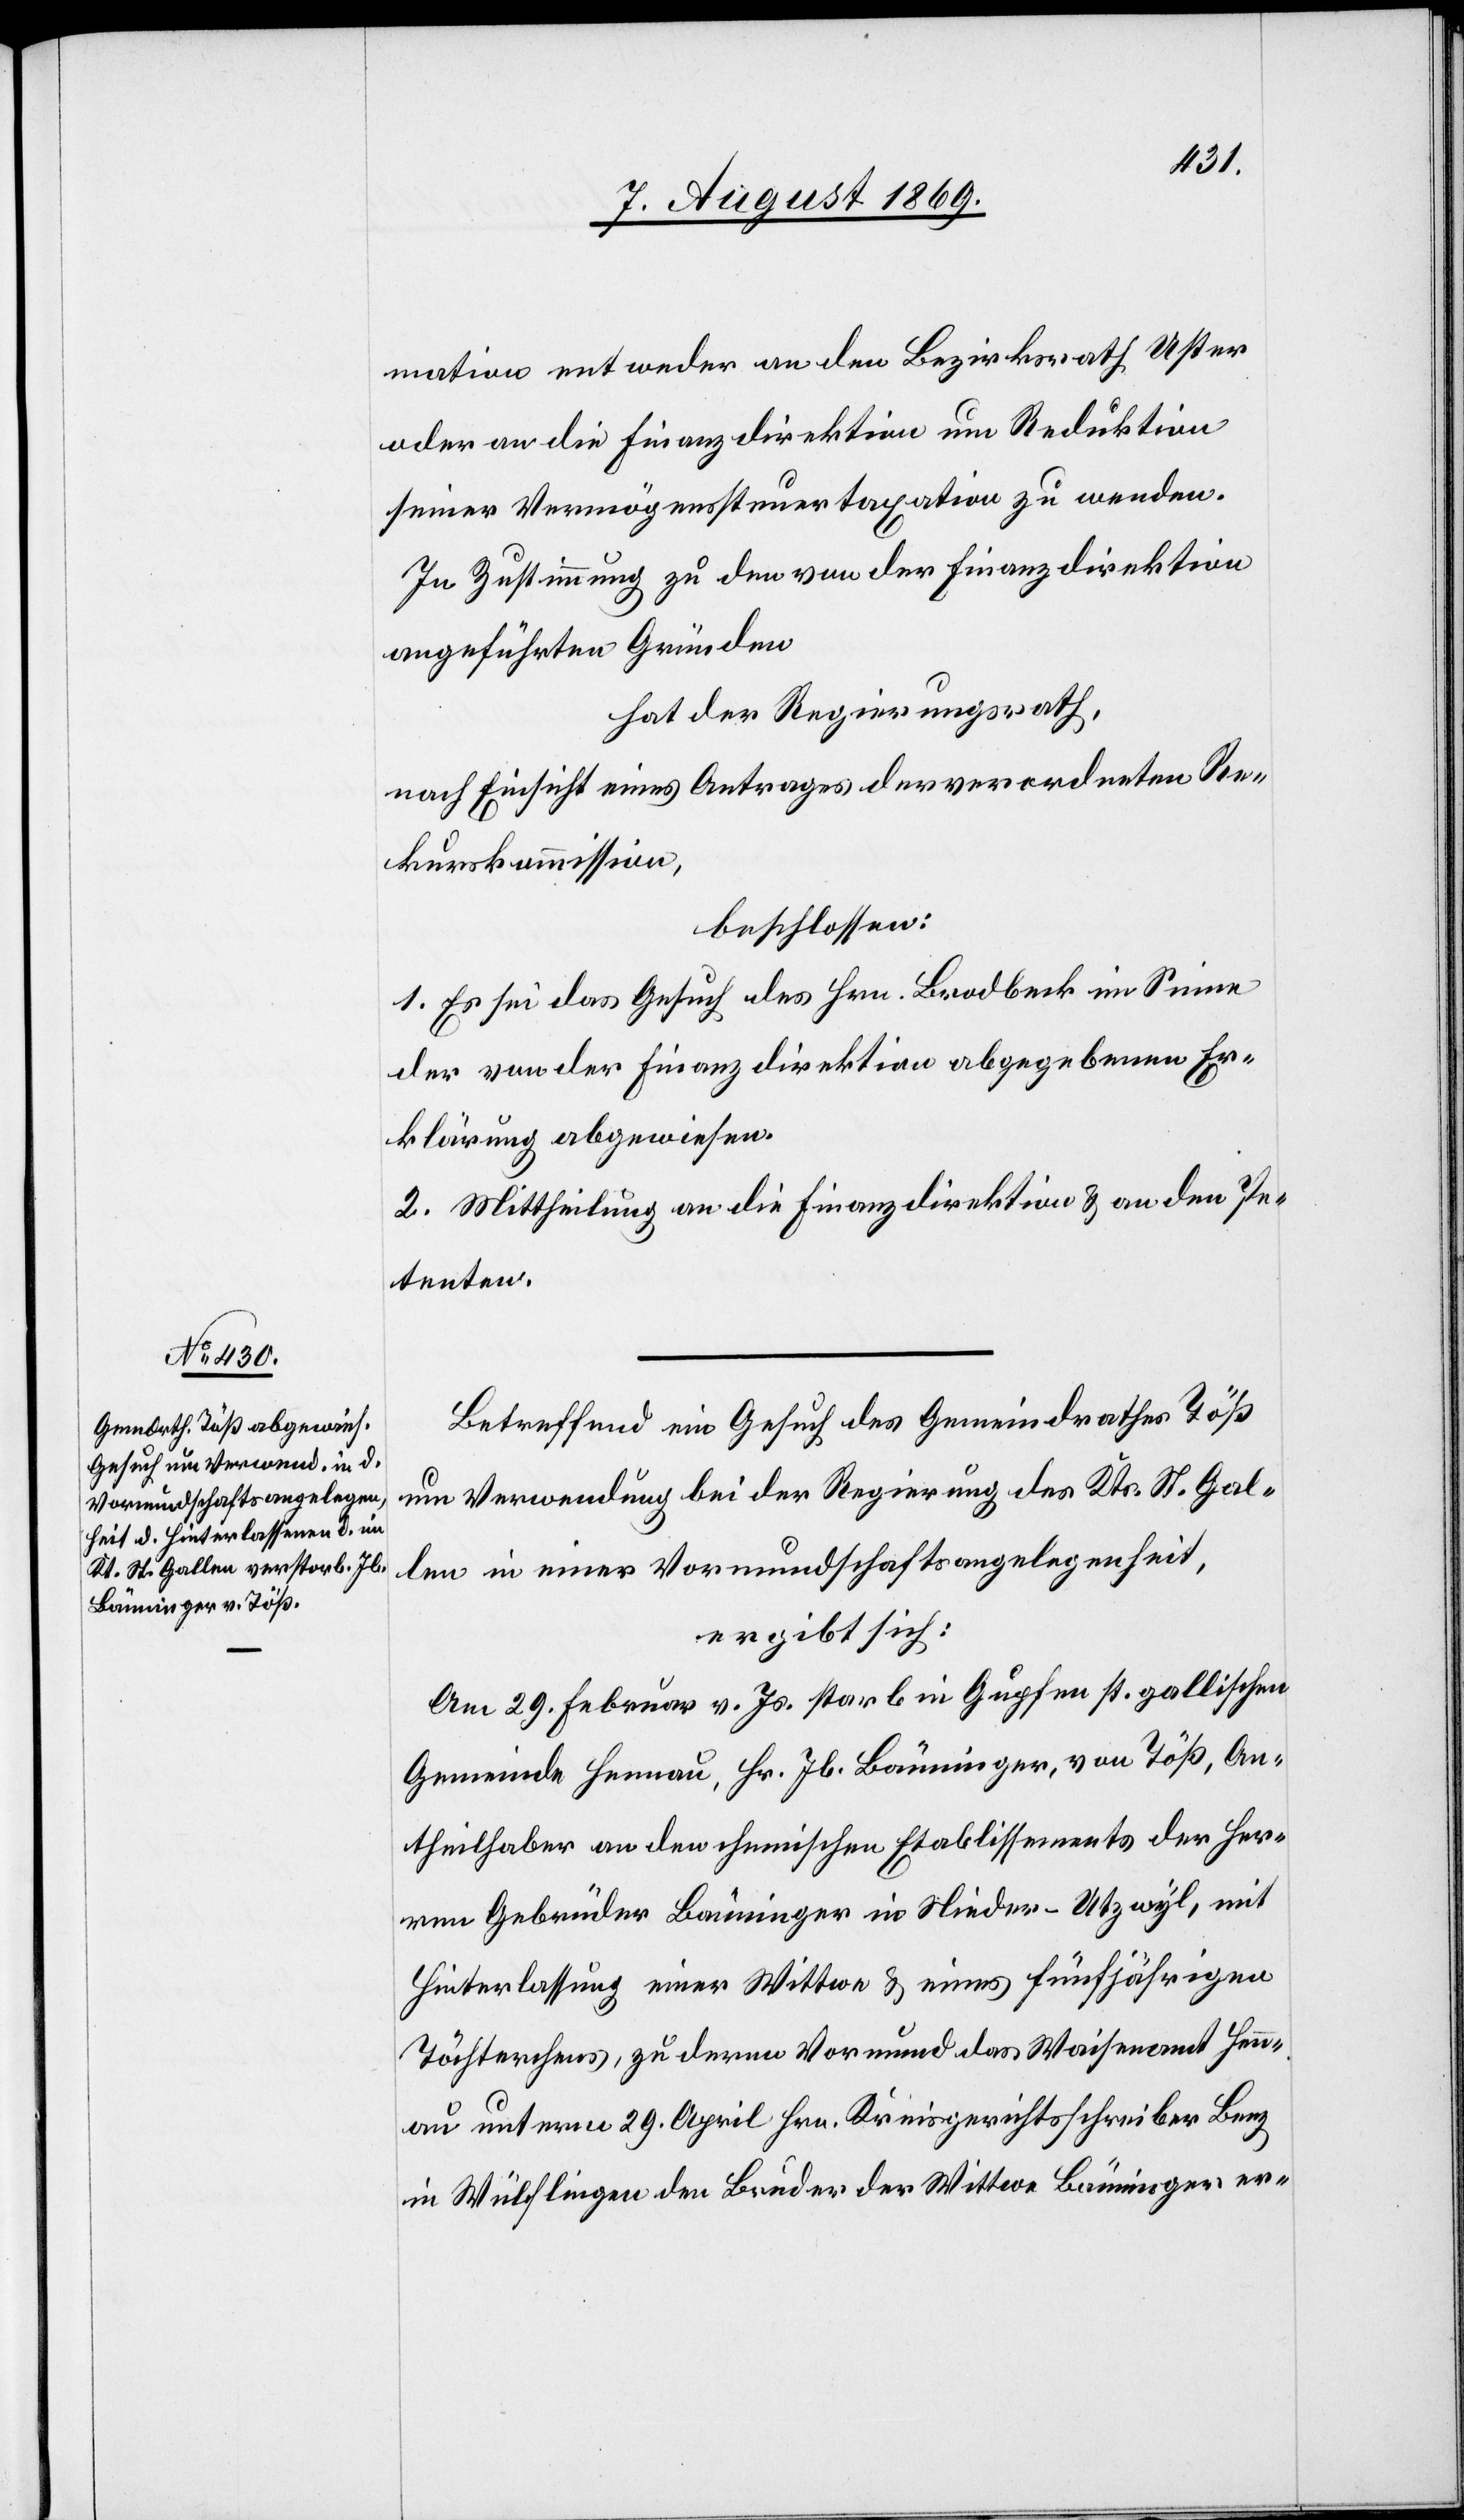
mation entweder an den Bezirksrath Uster
oder an die Finanzdirektion um Reduktion
seiner Vermögenssteuertaxation zu wenden.
In Zustimmung zu den von der Finanzdirektion
angeführten Gründen
hat der Regierungsrath,
nach Einsicht eines Antrages der verordneten Re¬
kurskommission,
beschlossen:
1. Es sei das Gesuch des Hrn. Bradbeck im Sinne
der von der Finanzdirektion abgegebenen Er¬
klärung abgewiesen.
2. Mittheilung an die Finanzdirektion & an den Pe¬
tenten.
Betreffend ein Gesuch des Gemeindrathes Töß
um Verwendung bei der Regierung des Kts. St. Gal¬
len in einer Vormundschaftsangelegenheit,
ergibt sich:
Am 29 Februar v. Js. starb in Gupfen st. gallischen
Gemeinde Henau, Hr. Jb. Bänninger, von Töß, An¬
theilhaber an den chemischen Etablissements der Her¬
ren Gebrüder Bänninger in Nieder-Utzwyl, mit
Hinterlassung einer Wittwe & eines fünfjährigen
Töchterchens, zu deren Vormund das Waisenamt Hen¬
au unterm 29 April Hrn. Kreisgerichtsschreiber Benz
in Wülflingen den Bruder der Wittwe Bänninger er-